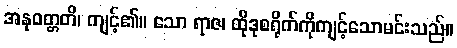
အနုဝတ္တတိ၊ ကျင့်၏။ သော ရာဇ၊ ထိုဒုစရိုက်ကိုကျင့်သောမင်းသည်။